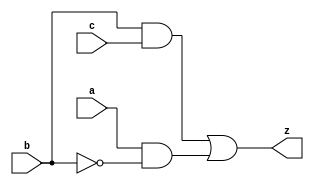
`timescale 1ns / 1ps
//////////////////////////////////////////////////////////////////////////////////
// Company: 
// 
// Design Name: 
// Module Name: logic
// Project Name: 
// Target Devices: 
// Tool Versions: 
// Description: 
// program of blocking assignment
// Dependencies: 
// 
// Revision:
// Revision 0.01 - File Created
// Additional Comments:
// 
//////////////////////////////////////////////////////////////////////////////////
module LOGIC (
    input a,
    input b,
    input c,
    output reg z
);
    reg t1, t2;
    always @ (a, b, c) begin
        t1 = b & c;
        t2 = a & ~b;
        z = t1 | t2;
    end
endmodule